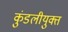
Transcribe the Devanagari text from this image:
कुंडलीयुक्त